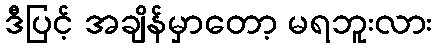
ဒီပြင့် အချိန်မှာတော့ မရဘူးလား